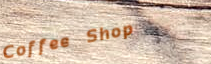
Coffee Shop